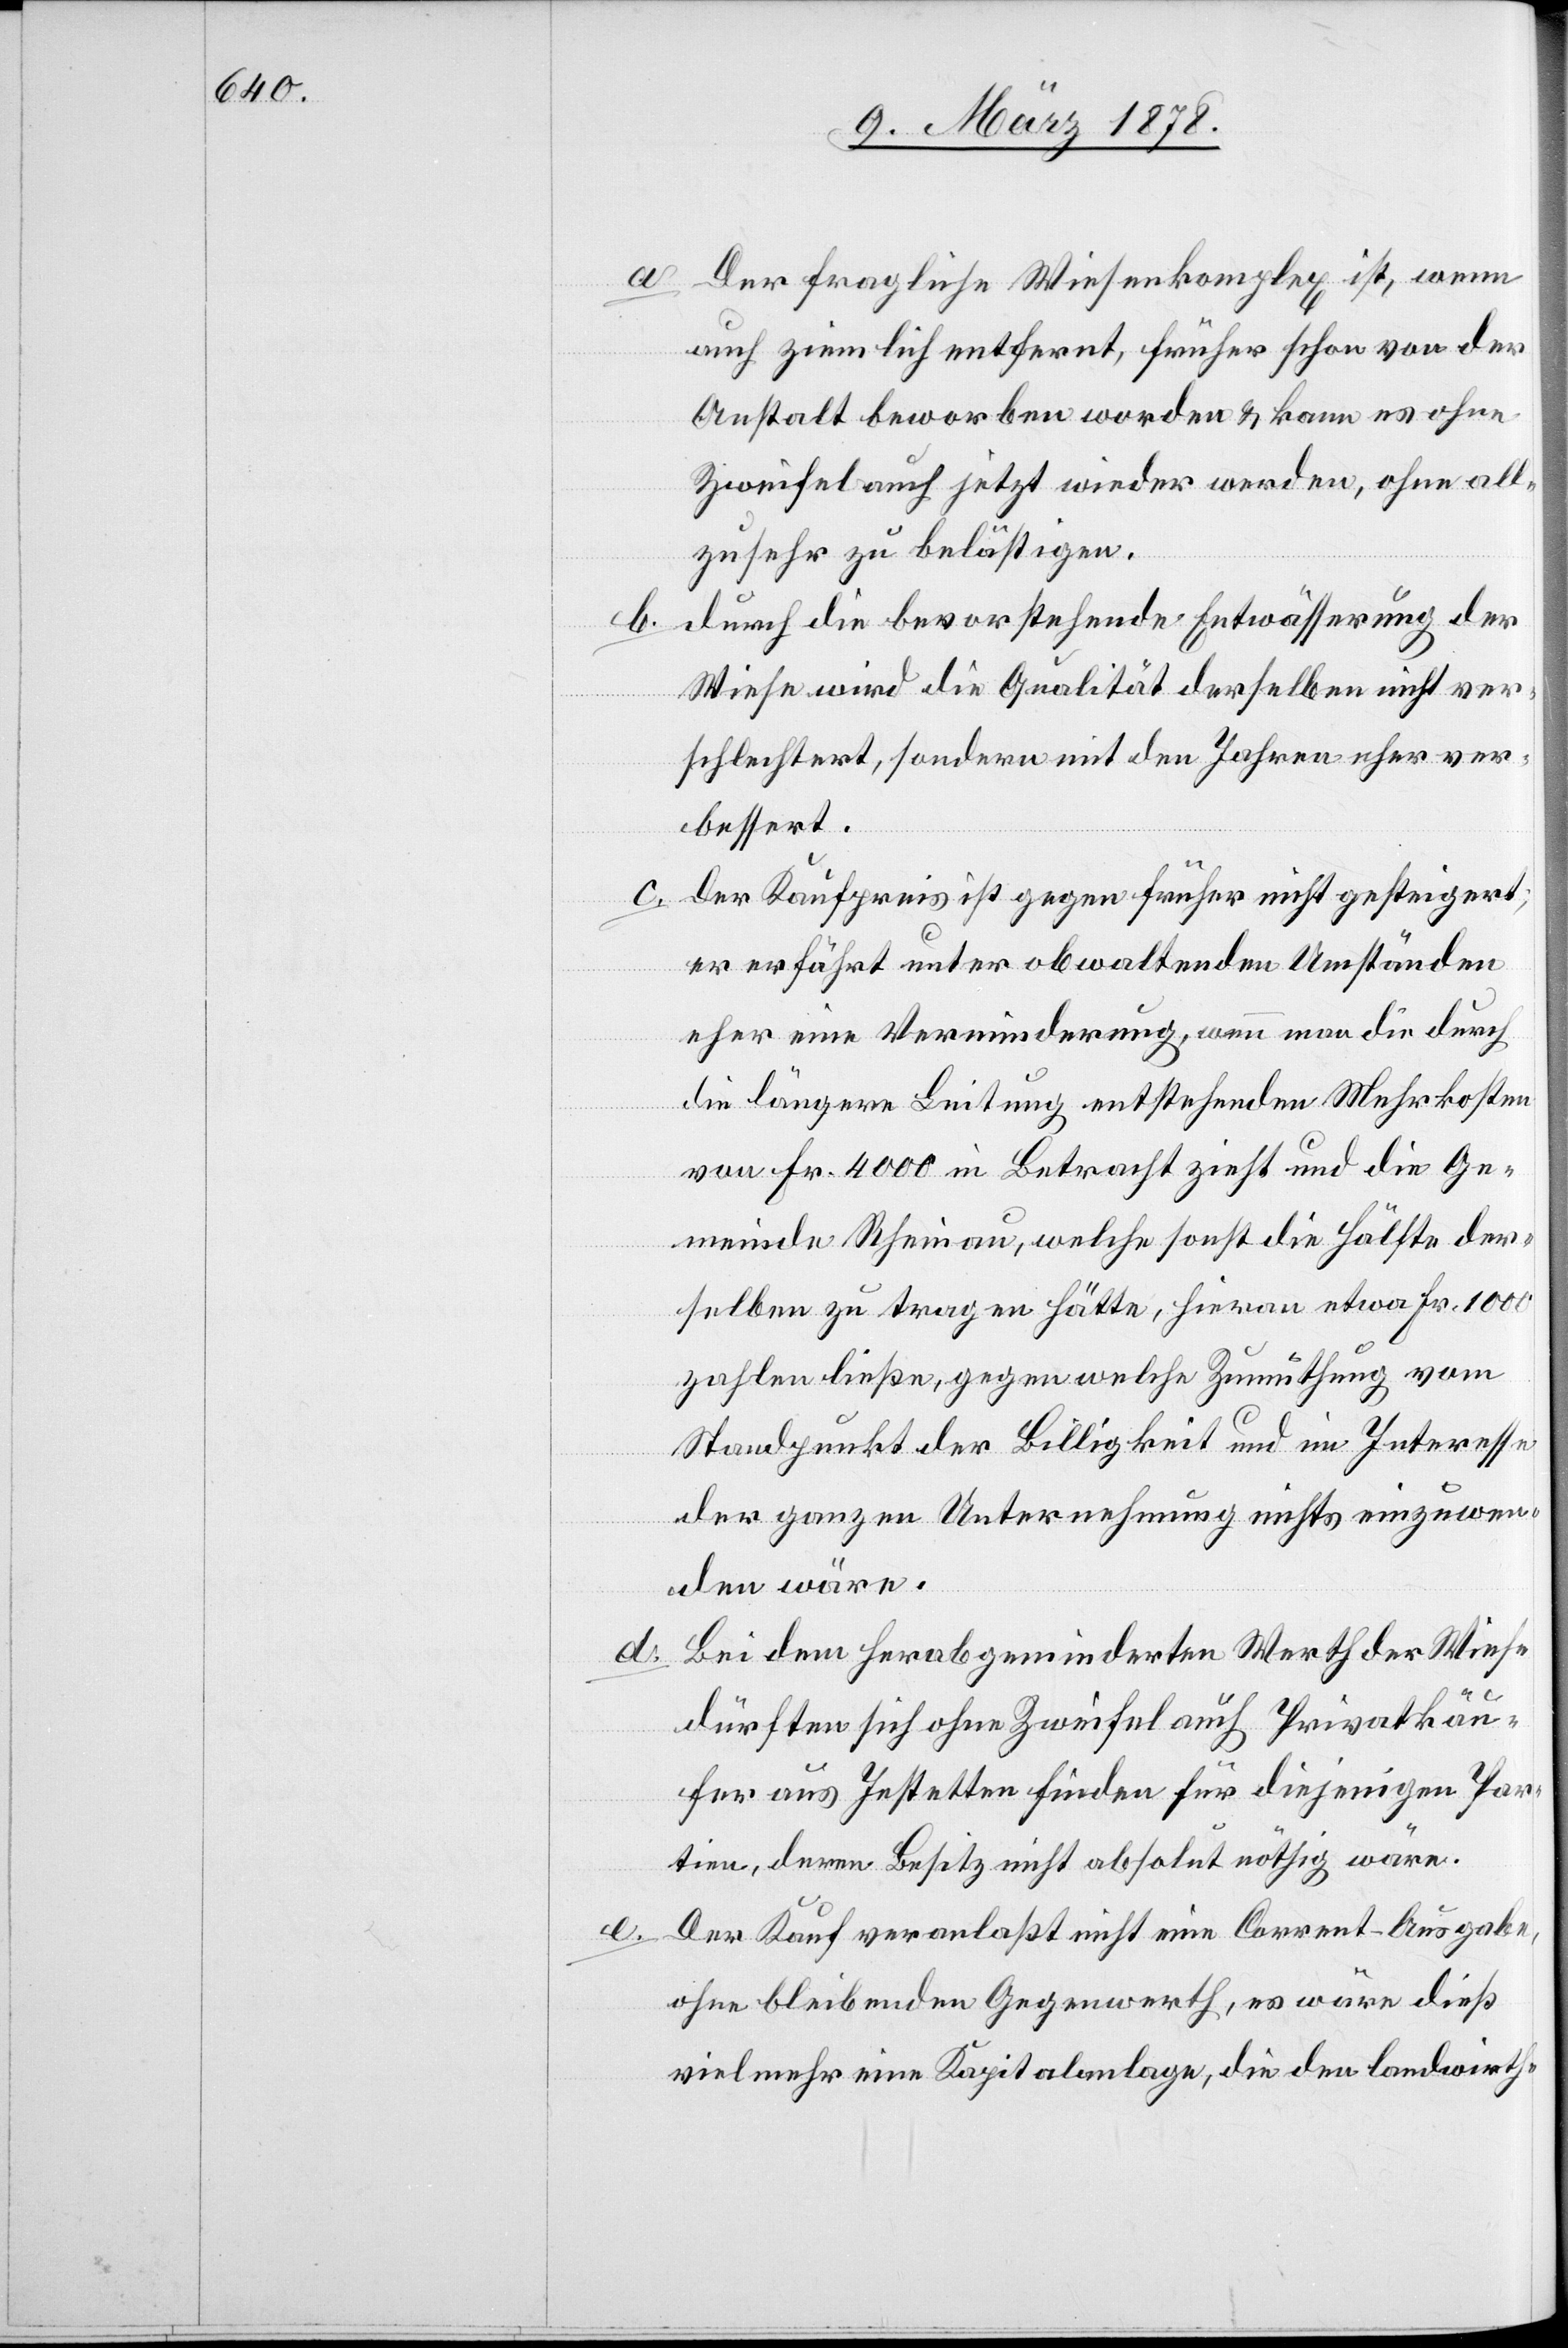
a. Der fragliche Wiesenkomplex ist, wenn
auch ziemlich entfernt, früher schon von der
Anstalt beworben worden & kann es ohne
Zweifel auch jetzt wieder werden, ohne all¬
zu sehr zu belästigen.
durch die bevorstehende Entwässerung der
Wiese wird die Qualität derselben nicht ver¬
schlechtert, sondern mit den Jahren eher ver¬
bessert.
c. der Kaufpreis ist gegen früher nicht gesteigert;
er erfährt unter obwaltenden Umständen
eher eine Verminderung, wenn man die durch
die längere Leitung entstehenden Mehrkosten
von Fr. 4000 in Betracht zieht und die Ge¬
meinde Rheinau, welche sonst die Hälfte der¬
selben zu tragen hätte, hieran etwa Fr. 1000
zahlen ließe, gegen welche Zumuthung vom
Standpunkt der Billigkeit und im Interesse
der ganzen Unternehmung nichts einzuwen¬
den wäre.
Bei dem herabgeminderten Werth der Wiese
dürften sich ohne Zweifel auch Privatkäu¬
fer aus Jestetten finden für diejenigen Par¬
tien, deren Besitz nicht absolut nöthig wäre.
Der Kauf veranlaßt nicht eine Corrent-Ausgabe,
ohne bleibenden Gegenwerth, es wäre dieß
vielmehr eine Kapitalanlage, die den landwirth-